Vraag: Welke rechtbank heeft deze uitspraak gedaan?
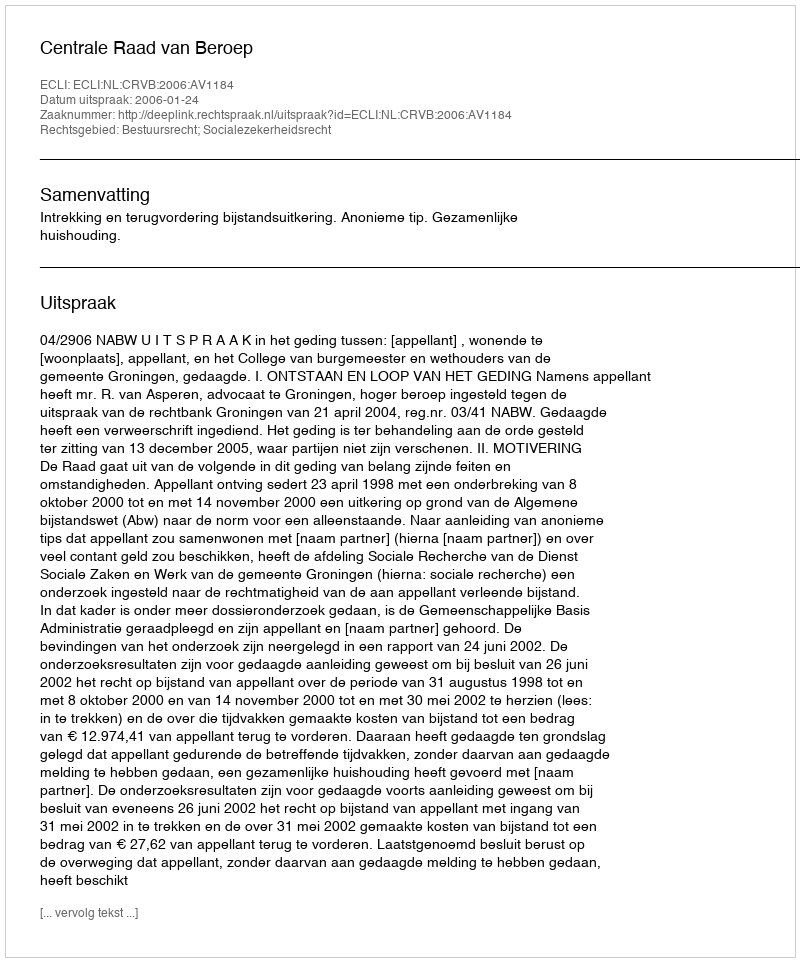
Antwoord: Centrale Raad van Beroep